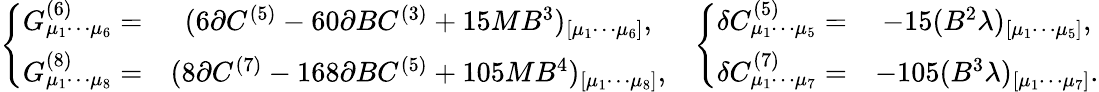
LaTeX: \left.\begin{array}{cc}{{\left\{ \begin{array}{cc}{{G_{\mu_{1}\cdots\mu_{6}}^{(6)}=}}&{{(6\partial C^{(5)}-60\partial BC^{(3)}+15MB^{3})_{[\mu_{1}\cdots\mu_{6}]},}}\\ {{G_{\mu_{1}\cdots\mu_{8}}^{(8)}=}}&{{(8\partial C^{(7)}-168\partial BC^{(5)}+105MB^{4})_{[\mu_{1}\cdots\mu_{8}]},}}\end{array}\right.}}&{{\left\{ \begin{array}{cc}{{\delta C_{\mu_{1}\cdots\mu_{5}}^{(5)}=}}&{{-15(B^{2}\lambda)_{[\mu_{1}\cdots\mu_{5}]},}}\\ {{\delta C_{\mu_{1}\cdots\mu_{7}}^{(7)}=}}&{{-105(B^{3}\lambda)_{[\mu_{1}\cdots\mu_{7}]}.}}\end{array}\right.}}\end{array}\right.